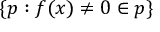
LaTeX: \{ p : f ( x ) \neq 0 \in p \}